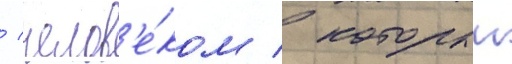
/ челов'е́ком / которыи